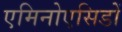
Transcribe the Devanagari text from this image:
एमिनोएसिडों